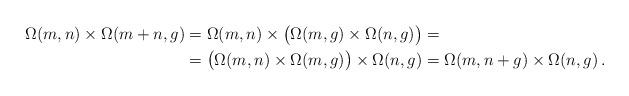
LaTeX: \begin{align*}\Omega(m, n) \times \Omega(m + n, g) &= \Omega(m, n )\times \big(\Omega(m, g) \times\Omega(n, g) \big)= \\&= \big( \Omega(m, n )\times \Omega(m, g) \big) \times\Omega(n, g) = \Omega(m, n + g)\times \Omega(n, g)\,.\end{align*}